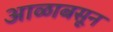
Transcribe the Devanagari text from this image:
आळाबसून